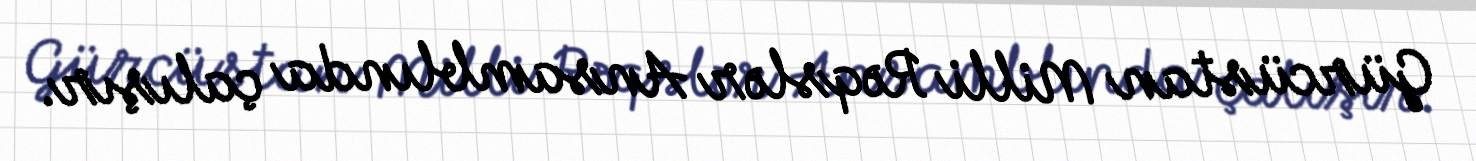
Gürcüstan Milli Rəqslər Ansamblında çalışır.